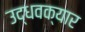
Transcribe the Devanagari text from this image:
उद्धवक्यार